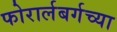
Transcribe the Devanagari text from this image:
फोरार्लबर्गच्या